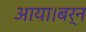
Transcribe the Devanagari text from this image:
आया।बर्न